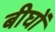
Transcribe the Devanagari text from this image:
बीघों